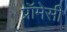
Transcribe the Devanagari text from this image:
प्रॉमेसी